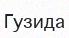
Гузида